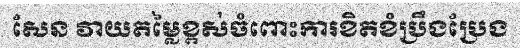
សែន វាយតម្លៃខ្ពស់ចំពោះការខិតខំប្រឹងប្រែង